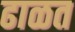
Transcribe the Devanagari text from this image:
ढाळत